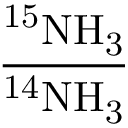
\mathrm { \frac { ^ { 1 5 } N H _ { 3 } } { ^ { 1 4 } N H _ { 3 } } }